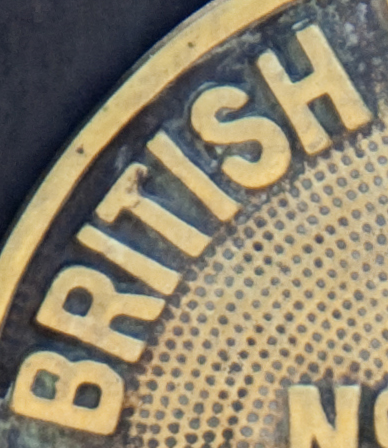
BRITHSH